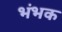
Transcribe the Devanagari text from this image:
भंभक